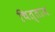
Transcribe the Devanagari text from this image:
चित्ताज